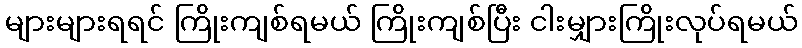
များများရရင် ကြိုးကျစ်ရမယ် ကြိုးကျစ်ပြီး ငါးမျှားကြိုးလုပ်ရမယ်